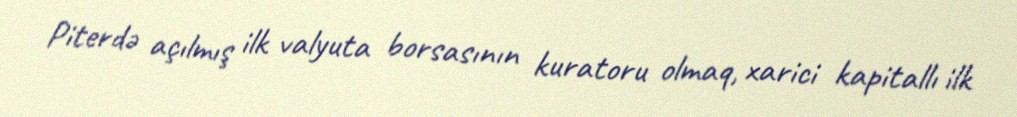
Piterdə açılmış ilk valyuta borsasının kuratoru olmaq, xarici kapitallı ilk